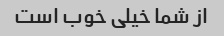
از شما خیلی خوب است